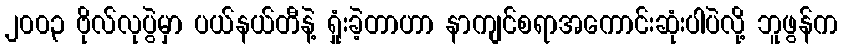
၂၀၀၃ ဗိုလ်လုပွဲမှာ ပယ်နယ်တီနဲ့ ရှုံးခဲ့တာဟာ နာကျင်စရာအကောင်းဆုံးပါပဲလို့ ဘူဖွန်က